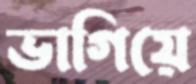
ভাগিয়ে